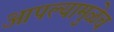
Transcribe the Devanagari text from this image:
आपल्यामुळेच